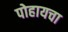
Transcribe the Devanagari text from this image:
पोहायचा